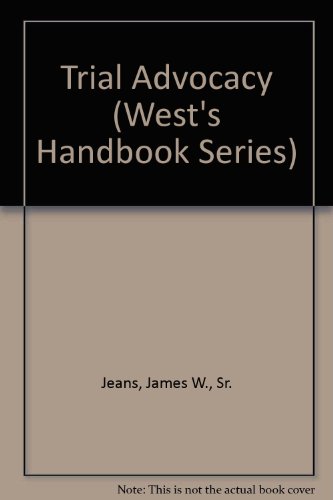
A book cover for Trial Advocacy (West's Handbook Series); James W., Sr. Jeans; Law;